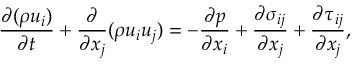
\frac { { \partial ( \rho { u _ { i } } ) } } { { \partial t } } + \frac { \partial } { { \partial { x _ { j } } } } ( \rho { u _ { i } } { u _ { j } } ) = - \frac { { \partial p } } { { \partial { x _ { i } } } } + \frac { { \partial { \sigma _ { i j } } } } { { \partial { x _ { j } } } } + \frac { { \partial { \tau _ { i j } } } } { { \partial { x _ { j } } } } ,